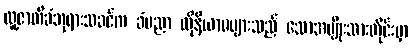
လူ့ဇာတိခံဘုရားသခင်က ခံပညာ ထိုနိယာမများသည် သောအမျိုးသားတိုင်းမှာ